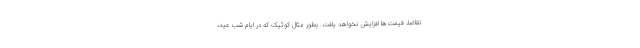
تقاضا، قیمت‌ها افزایش نخواهد یافت. بطور مثال کوئیک که در ایام شب عید،